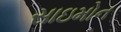
સાઇમોન